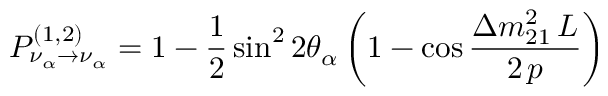
P _ { \nu _ { \alpha } \to \nu _ { \alpha } } ^ { ( 1 , 2 ) } = 1 - { \frac { 1 } { 2 } } \sin ^ { 2 } 2 \theta _ { \alpha } \left( 1 - \cos { \frac { \displaystyle \Delta m _ { 2 1 } ^ { 2 } \, L } { \displaystyle 2 \, p } } \right)